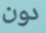
دون